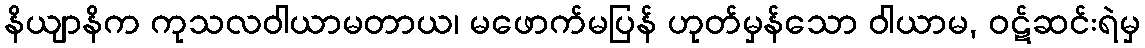
နိယျာနိက ကုသလဝါယာမတာယ၊ မဖောက်မပြန် ဟုတ်မှန်သော ဝါယာမ, ဝဋ်ဆင်းရဲမှ